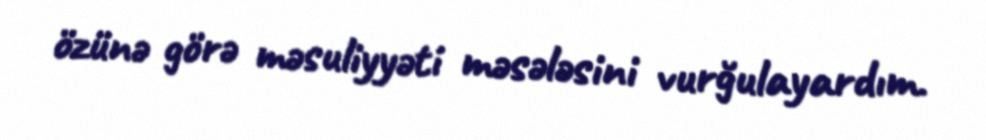
özünə görə məsuliyyəti məsələsini vurğulayardım.